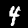
Digit: 4